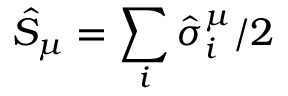
\hat { S } _ { \mu } = \sum _ { i } \hat { \sigma } _ { i } ^ { \mu } / 2